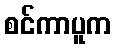
စင်ကာပူက